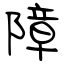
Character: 障